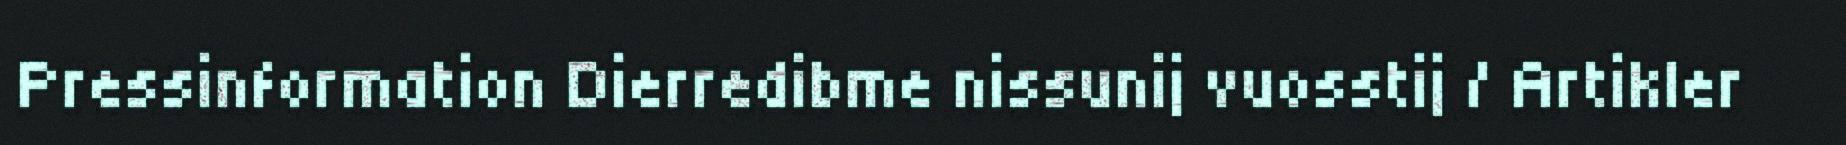
Pressinformation Dierredibme nissunij vuosstij / Artikler